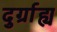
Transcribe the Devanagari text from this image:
दुर्ग्राह्य